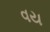
વય